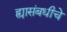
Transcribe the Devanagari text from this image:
ह्यासंबधीचे